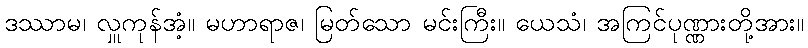
ဒဿာမ၊ လှူကုန်အံ့။ မဟာရာဇ၊ မြတ်သော မင်းကြီး။ ယေသံ၊ အကြင်ပုဏ္ဏားတို့အား။